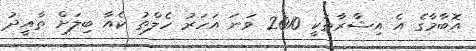
އޮބާމާގެ އެ އިޝާރާތަކީ 2010 ވަނަ އަހަރު ހެލްތު ކެއާ ބިލަށް ތާއީދު